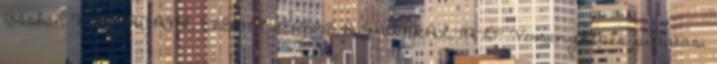
írásban MIT AJÁNL EZÉRT CSERÉBE A MUNKÁLTATÓ? Versenyképes juttatási